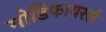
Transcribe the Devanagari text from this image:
मोडिफायरर्स